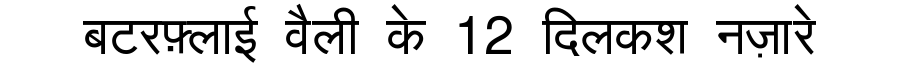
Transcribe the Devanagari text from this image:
बटरफ़्लाई वैली के 12 दिलकश नज़ारे